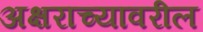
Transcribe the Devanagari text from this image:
अक्षराच्यावरील